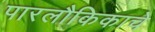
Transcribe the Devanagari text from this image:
पारलौकिकाचे